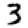
Digit: 3